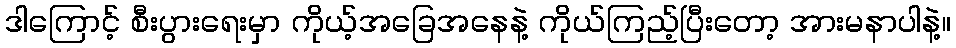
ဒါကြောင့် စီးပွားရေးမှာ ကိုယ့်အခြေအနေနဲ့ ကိုယ်ကြည့်ပြီးတော့ အားမနာပါနဲ့။